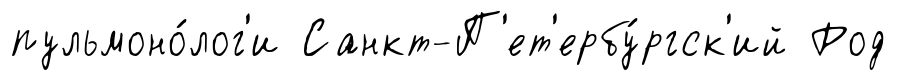
пульмоно́лог'и Санкт-П'ет'ербу́ргск'ий Род